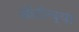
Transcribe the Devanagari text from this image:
ऑटोच्या